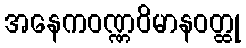
အနေကဝဏ္ဏဝိမာနဝတ္ထု